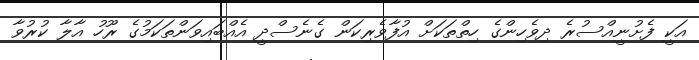
އަކީ ފެށުނީއްސުރެ ދިވެހިންގެ ހިތްތަކަށް އުފާވެރިކަން ގެނެސްދީ އެއްބައިވަންތަކަމުގެ ރޫހު އާލާ ކުރުވާ